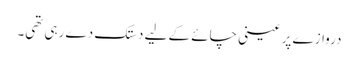
دروازے پر عینی چائے کے لیے دستک دے رہی تھی۔